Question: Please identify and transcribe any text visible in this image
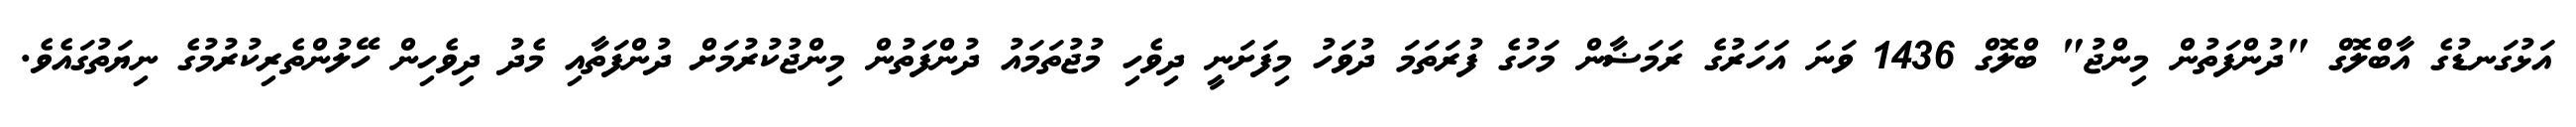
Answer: އަޅުގަނޑުގެ އާބްލޮގް "ދުންފަތުން މިންޖު" ބްލޮގް 1436 ވަނަ އަހަރުގެ ރަމަޟާން މަހުގެ ފުރަތަމަ ދުވަހު މިފަށަނީ ދިވެހި މުޖުތަމައު ދުންފަތުން މިންޖުކުރުމަށް ދުންފަތާއި މެދު ދިވެހިން ހޭލުންތެރިކުރުމުގެ ނިޔަތުގައެވެ.